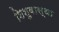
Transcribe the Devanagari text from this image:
शिशुवास्था